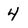
Character: 4